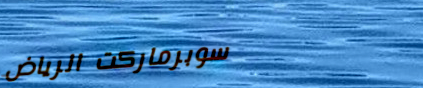
سوبرماركت الرياض